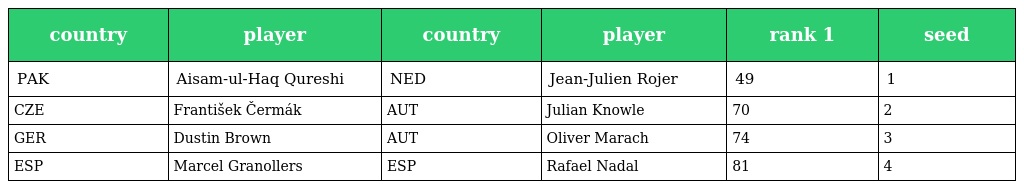
| country | player | country | player | rank 1 | seed |
 | --- | --- | --- | --- | --- | --- |
 | PAK | Aisam-ul-Haq Qureshi | NED | Jean-Julien Rojer | 49 | 1 |
 | CZE | František Čermák | AUT | Julian Knowle | 70 | 2 |
 | GER | Dustin Brown | AUT | Oliver Marach | 74 | 3 |
 | ESP | Marcel Granollers | ESP | Rafael Nadal | 81 | 4 |